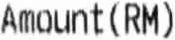
AMOUNT(RM)